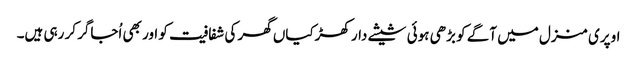
اوپری منزل میں آگے کو بڑھی ہوئی شیشے دار کھڑکیاں گھر کی شفافیت کو اور بھی اُجاگر کر رہی ہیں۔